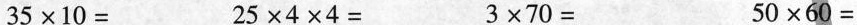
$$3 5 \times 1 0=$$ $$ 2 5 \times4 \times 4= $$ $$3 \times 7 0= $$